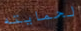
لحمايته